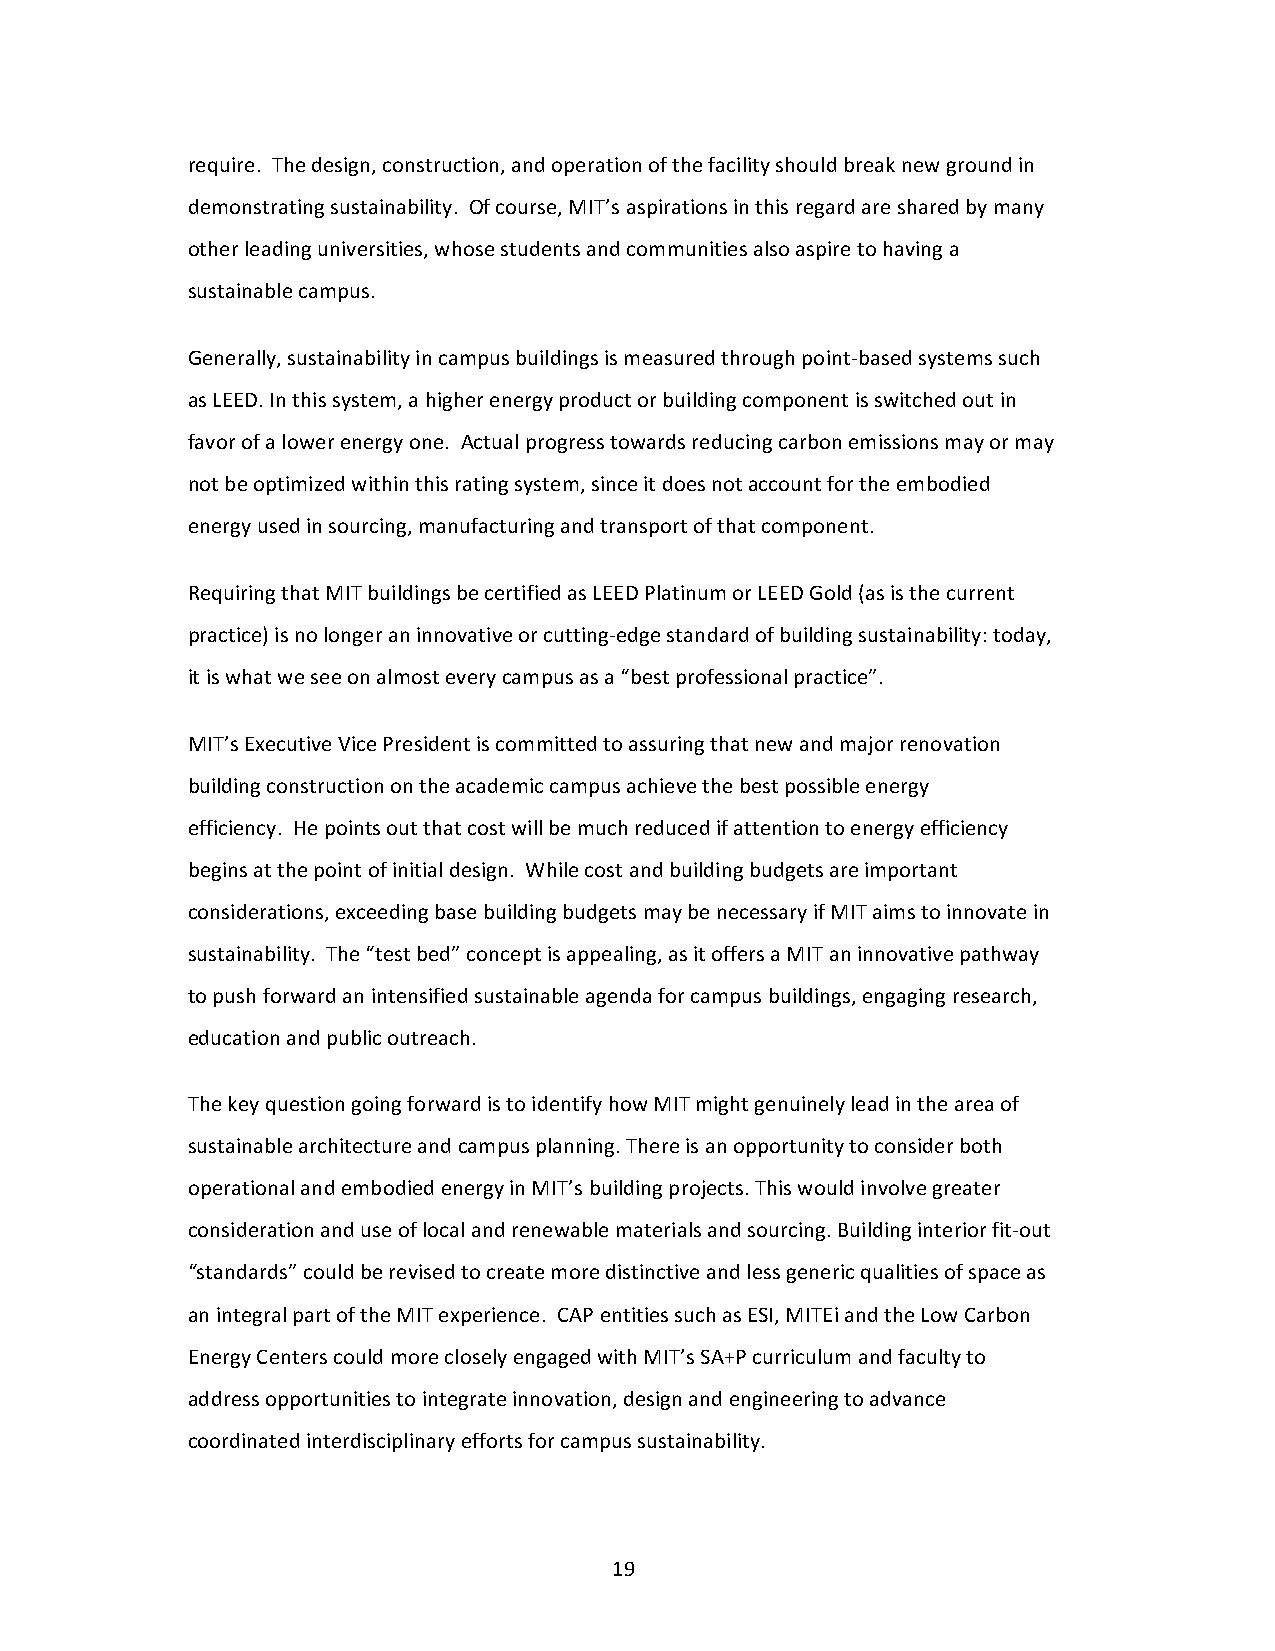
require. The design, construction, and operation of the facility should break new ground in
 demonstrating sustainability. Of course, MIT’s aspirations in this regard are shared by many
 other leading universities, whose students and communities also aspire to having a
 sustainable campus.
 Generally, sustainability in campus buildings is measured through point-based systems such
 as LEED. In this system, a higher energy product or building component is switched out in
 favor of a lower energy one. Actual progress towards reducing carbon emissions may or may
 not be optimized within this rating system, since it does not account for the embodied
 energy used in sourcing, manufacturing and transport of that component.
 Requiring that MIT buildings be certified as LEED Platinum or LEED Gold (as is the current
 practice) is no longer an innovative or cutting-edge standard of building sustainability: today,
 it is what we see on almost every campus as a “best professional practice”.
 MIT’s Executive Vice President is committed to assuring that new and major renovation
 building construction on the academic campus achieve the best possible energy
 efficiency. He points out that cost will be much reduced if attention to energy efficiency
 begins at the point of initial design. While cost and building budgets are important
 considerations, exceeding base building budgets may be necessary if MIT aims to innovate in
 sustainability. The “test bed” concept is appealing, as it offers a MIT an innovative pathway
 to push forward an intensified sustainable agenda for campus buildings, engaging research,
 education and public outreach.
 The key question going forward is to identify how MIT might genuinely lead in the area of
 sustainable architecture and campus planning. There is an opportunity to consider both
 operational and embodied energy in MIT’s building projects. This would involve greater
 consideration and use of local and renewable materials and sourcing. Building interior fit-out
 “standards” could be revised to create more distinctive and less generic qualities of space as
 an integral part of the MIT experience. CAP entities such as ESI, MITEi and the Low Carbon
 Energy Centers could more closely engaged with MIT’s SA+P curriculum and faculty to
 address opportunities to integrate innovation, design and engineering to advance
 coordinated interdisciplinary efforts for campus sustainability.
 19